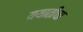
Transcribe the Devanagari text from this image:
ययातीचा